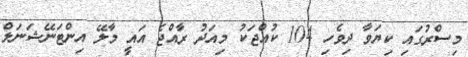
މިސްރުގައި ކިޔަވާ ދިވެހި 104 ކުއްޖަކު މިއަދު ރާއްޖެ އައީ މާލޭ އިންޓަނޭޝަނަލް